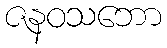
ဇနဝသဘော